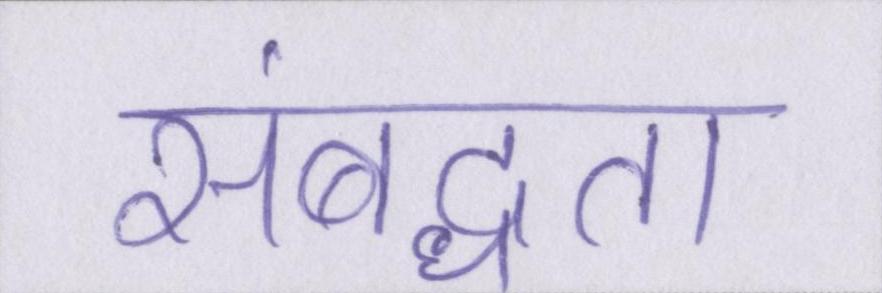
संबद्धता